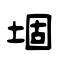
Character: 堌